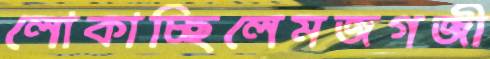
লোকাচ্ছিলেমজগজী